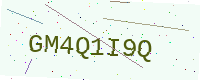
Text: GM4Q1I9Q